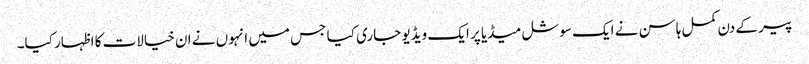
پیر کے دن کمل ہاسن نے ایک سوشل میڈیا پر ایک ویڈیو جاری کیا جس میں انہوں نے ان خیالات کا اظہار کیا۔